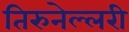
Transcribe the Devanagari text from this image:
तिरुनेल्लरी